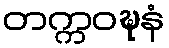
တက္ကဝဍ္ဎနံ